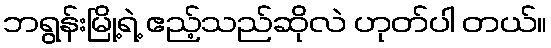
ဘရွန်းမြို့ရဲ့ ဧည့်သည်ဆိုလဲ ဟုတ်ပါ တယ်။